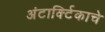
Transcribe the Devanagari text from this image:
अंटार्क्टिकाचे